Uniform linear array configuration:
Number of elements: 4
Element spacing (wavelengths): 1
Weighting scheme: kaiser
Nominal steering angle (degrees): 45
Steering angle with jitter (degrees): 43.834
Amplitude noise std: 0.05
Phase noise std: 0.05

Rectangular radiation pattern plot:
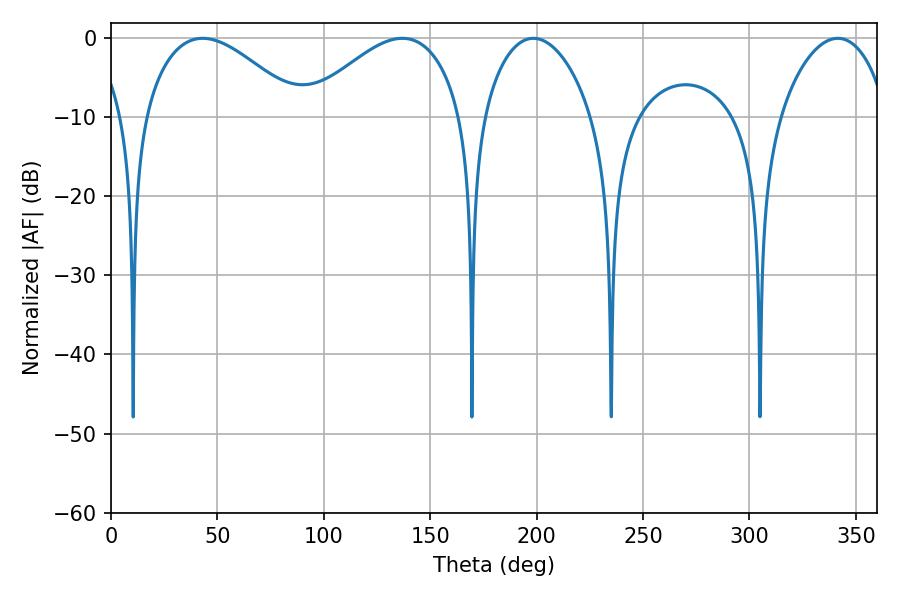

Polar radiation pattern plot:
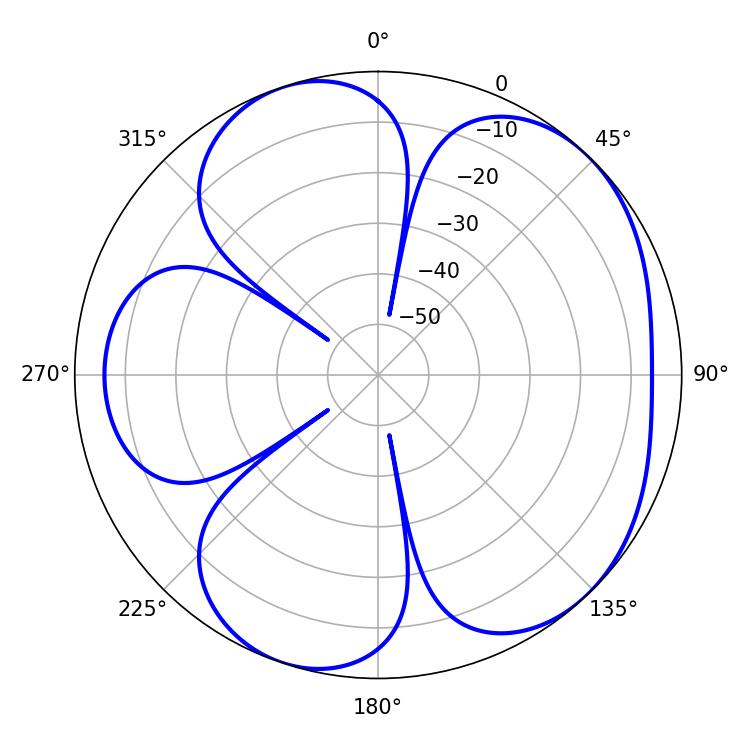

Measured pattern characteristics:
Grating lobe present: TRUE
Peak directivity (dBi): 5.275
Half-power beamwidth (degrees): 40.32
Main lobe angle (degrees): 43.02